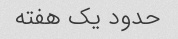
حدود یک هفته